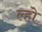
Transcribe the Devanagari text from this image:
ल्हो